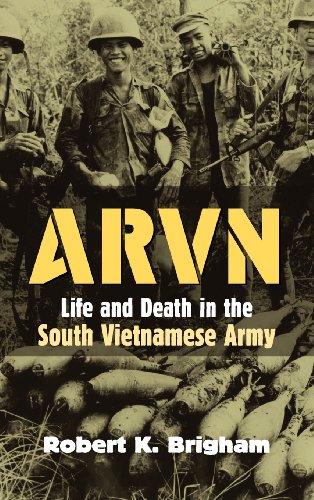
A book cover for ARVN: Life and Death in the South Vietnamese Army (Modern War Studies); Robert K. Brigham; History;